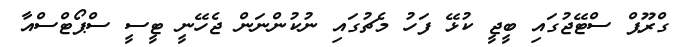
ގްރޫޕް ސްޓޭޖުގައި ބީޖީ ކުޅޭ ފަހު މެޗުގައި ނުކުންނަން ޖެހޭނީ ޓީސީ ސްޕޯޓްސްއާ